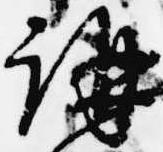
講